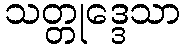
သတ္တုဒ္ဒေသာ